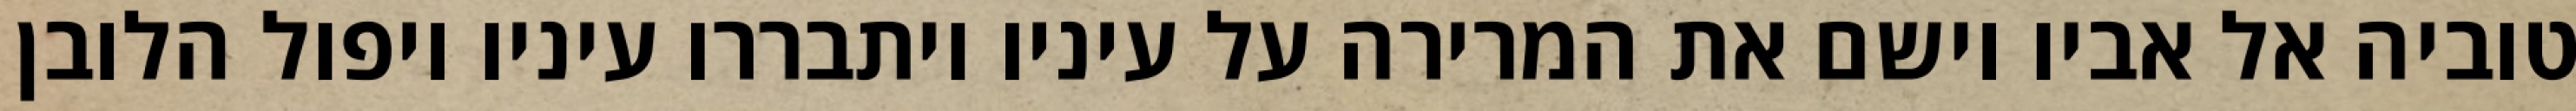
טוביה אל אביו וישם את המרירה על עיניו ויתבררו עיניו ויפול הלובן